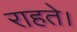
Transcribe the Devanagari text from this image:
राहते।